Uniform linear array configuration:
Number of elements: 12
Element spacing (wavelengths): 1
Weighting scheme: blackman
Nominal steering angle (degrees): -45
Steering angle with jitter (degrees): -44.652
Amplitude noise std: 0.05
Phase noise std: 0.05

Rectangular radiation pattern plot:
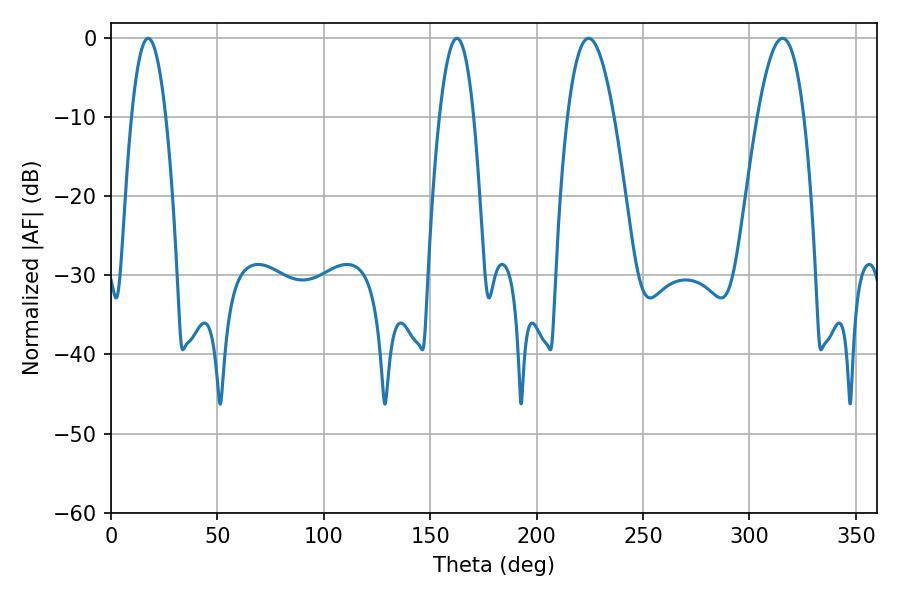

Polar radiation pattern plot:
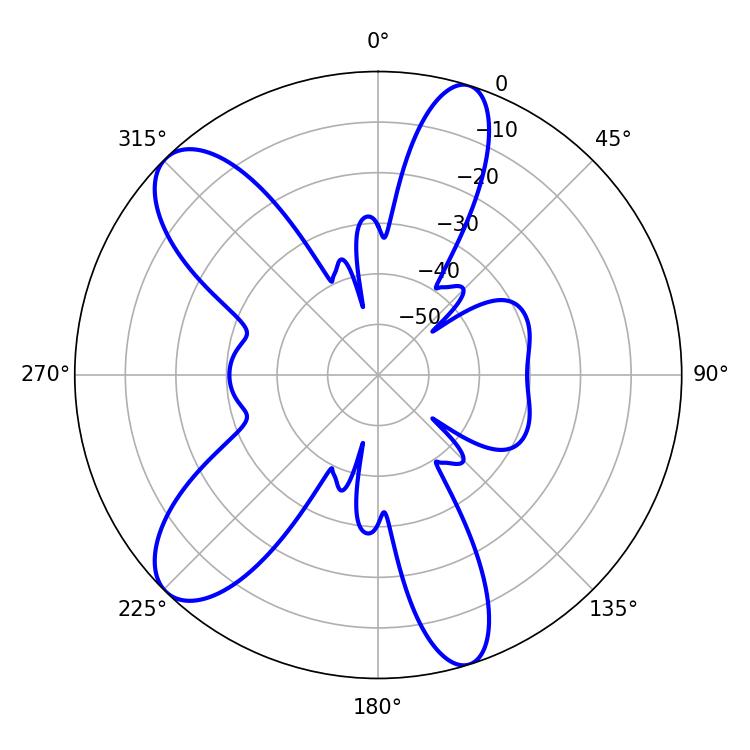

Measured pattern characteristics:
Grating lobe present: TRUE
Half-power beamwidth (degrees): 8.82
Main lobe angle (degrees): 17.46